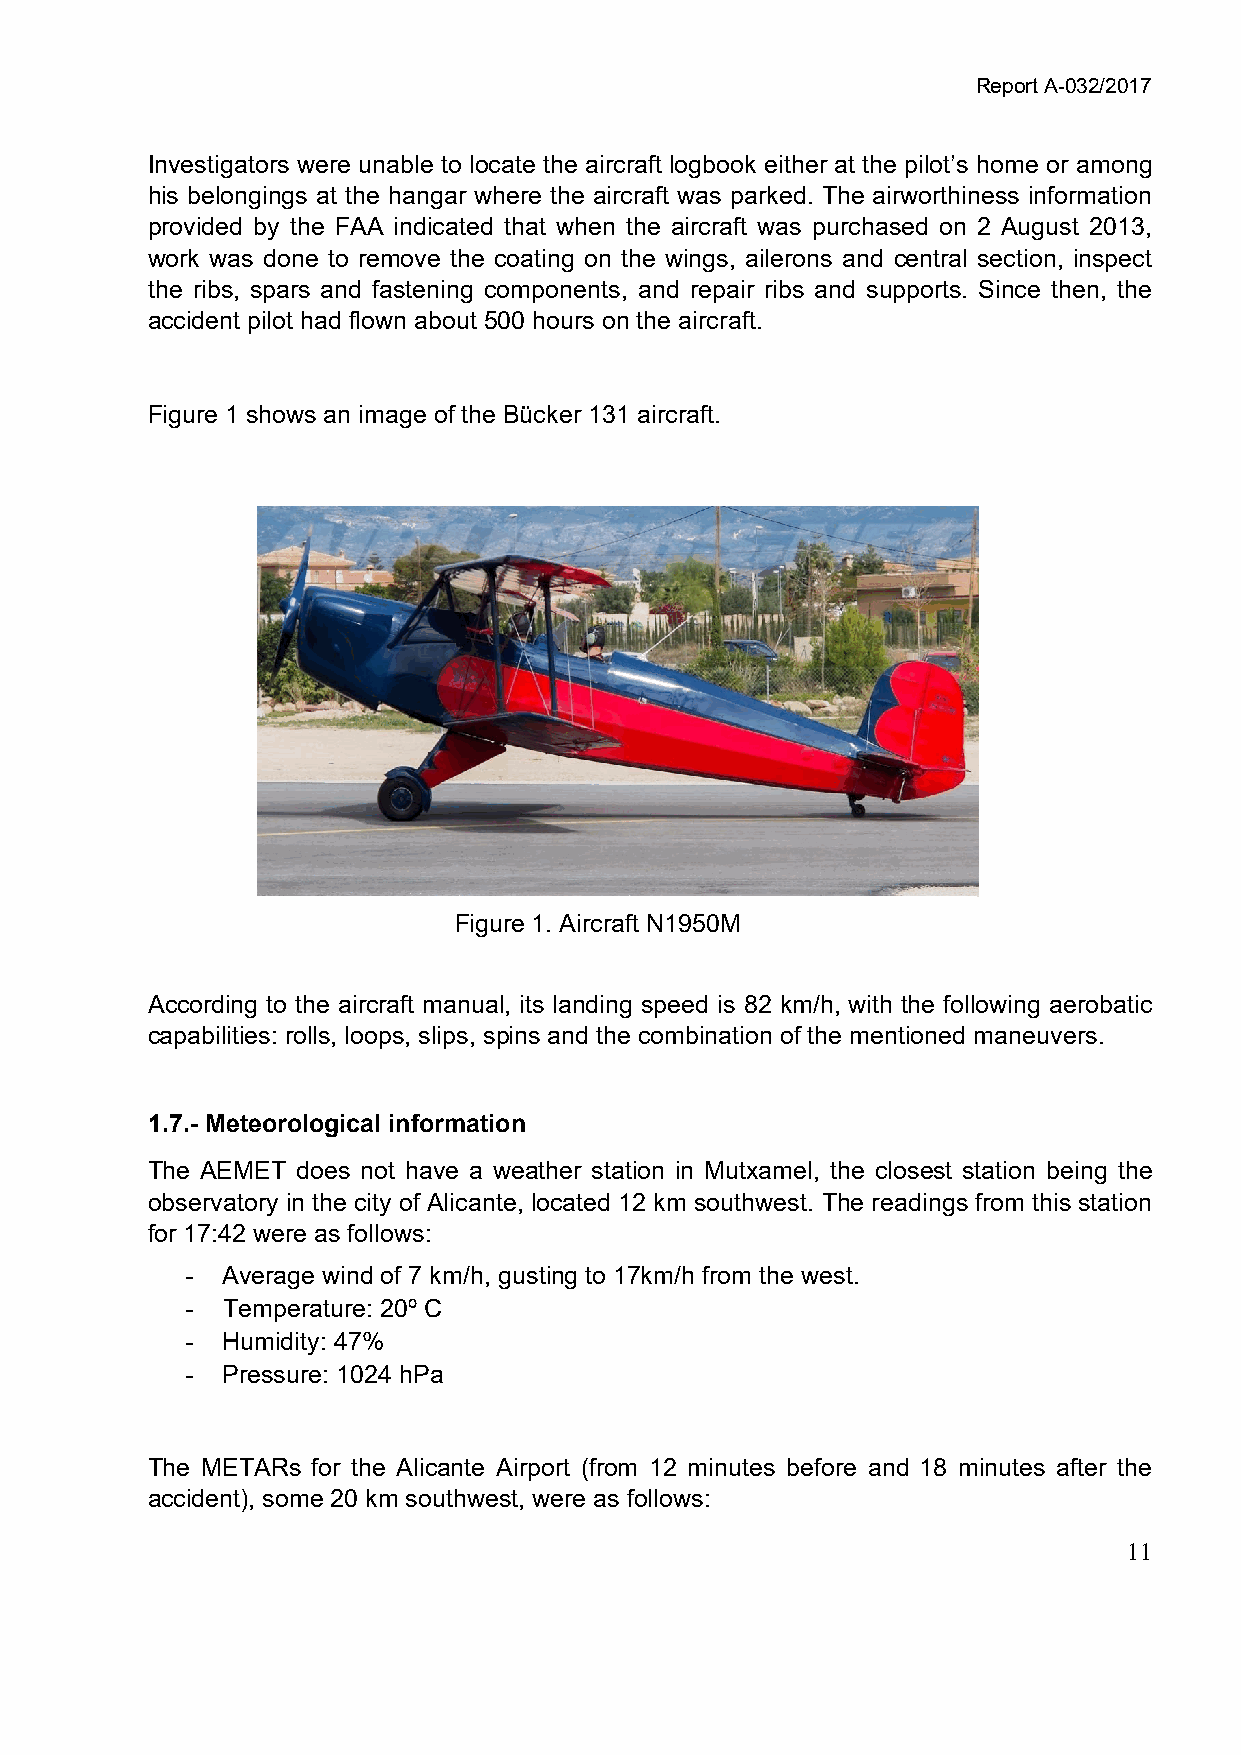
Report A-032/2017
 Investigators were unable to locate the aircraft logbook either at the pilot’s home or among
 his belongings at the hangar where the aircraft was parked. The airworthiness information
 provided by the FAA indicated that when the aircraft was purchased on 2 August 2013,
 work was done to remove the coating on the wings, ailerons and central section, inspect
 the ribs, spars and fastening components, and repair ribs and supports. Since then, the
 accident pilot had flown about 500 hours on the aircraft.
 Figure 1 shows an image of the Bücker 131 aircraft.
 Figure 1. Aircraft N1950M
 According to the aircraft manual, its landing speed is 82 km/h, with the following aerobatic
 capabilities: rolls, loops, slips, spins and the combination of the mentioned maneuvers.
 1.7.- Meteorological information
 The AEMET does not have a weather station in Mutxamel, the closest station being the
 observatory in the city of Alicante, located 12 km southwest. The readings from this station
 for 17:42 were as follows:
 -  Average wind of 7 km/h, gusting to 17km/h from the west.
 -  Temperature: 20º C
 -  Humidity: 47%
 -  Pressure: 1024 hPa
 The METARs for the Alicante Airport (from 12 minutes before and 18 minutes after the
 accident), some 20 km southwest, were as follows:
 11